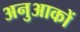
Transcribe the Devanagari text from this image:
अनुआकों